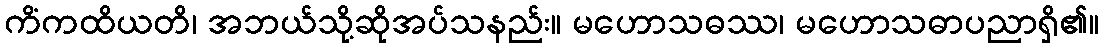
ကိံကထိယတိ၊ အဘယ်သို့ဆိုအပ်သနည်း။ မဟောသဓဿ၊ မဟောသဓာပညာရှိ၏။